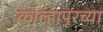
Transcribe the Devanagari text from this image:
कोल्हापूरच्‍या